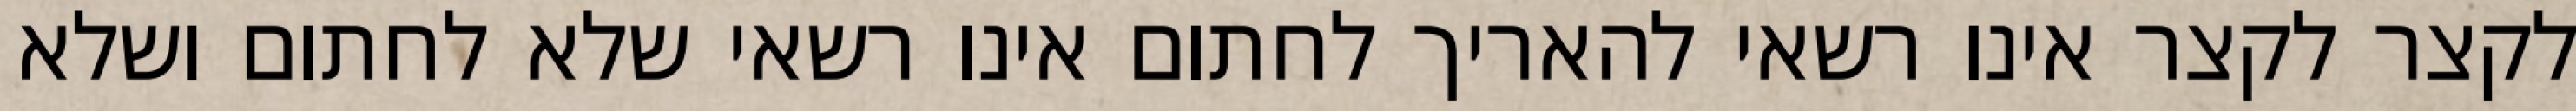
לקצר לקצר אינו רשאי להאריך לחתום אינו רשאי שלא לחתום ושלא